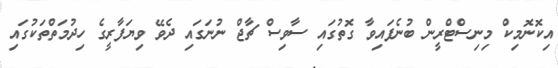
އިކޮނޮމިކް މިނިސްޓްރީން ބުނެފައިވާ ގޮތުގައި ސާވިސް ޗާޖް ނުނަގައި ދެވޭ ވިޔަފާރީގެ ހިދުމަތްތަކުގައި